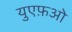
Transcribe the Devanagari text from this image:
युएफ़ओ